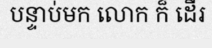
បន្ទាប់មក លោក ក៏ ដើរ